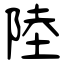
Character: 陸